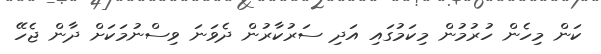
ކަން މިހެން ހުރުުމުން މިކަމުގައި އަދި ސަރުކާރުން ދެވަނަ ވިސްނުމަކަށް ދާން ޖެހޭ